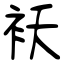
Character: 袄